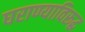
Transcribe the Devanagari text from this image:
घराण्याविरूद्ध